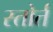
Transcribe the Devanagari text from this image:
स्तोर्त